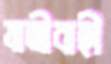
যাত্রীবাহী